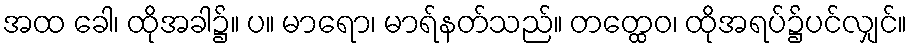
အထ ခေါ၊ ထိုအခါ၌။ ပ။ မာရော၊ မာရ်နတ်သည်။ တတ္ထေဝ၊ ထိုအရပ်၌ပင်လျှင်။